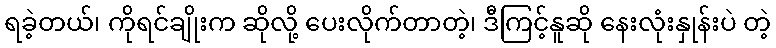
ရခဲ့တယ်၊ ကိုရင်ချိုးက ဆိုလို့ ပေးလိုက်တာတဲ့၊ ဒီကြင့်နူဆို နေးလုံးနှုန်းပဲ တဲ့